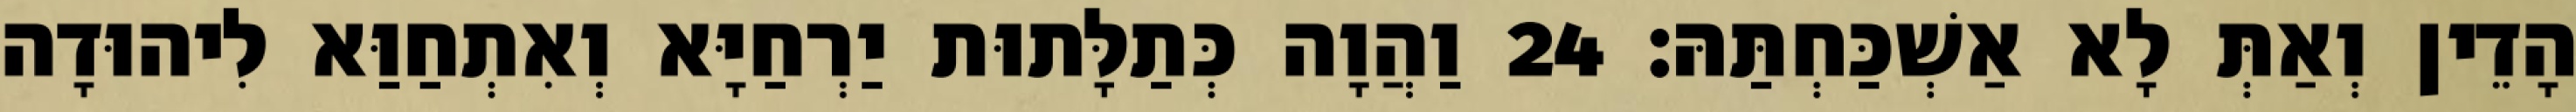
הָדֵין וְאַתְּ לָא אַשְׁכַּחְתַּהּ׃ 24 וַהֲוָה כְּתַלָּתוּת יַרְחַיָּא וְאִתְחַוַּא לִיהוּדָה